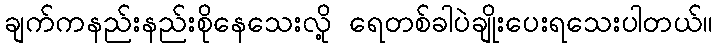
ချက်ကနည်းနည်းစိုနေသေးလို့ ရေတစ်ခါပဲချိုးပေးရသေးပါတယ်။